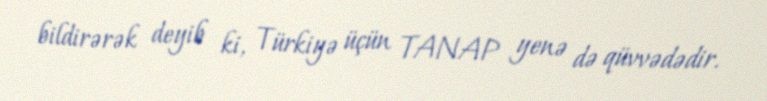
bildirərək deyib ki, Türkiyə üçün TANAP yenə də qüvvədədir.